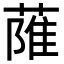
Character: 𦶏